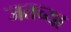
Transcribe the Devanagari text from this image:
जतच्या